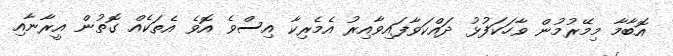
އޮބާމާ މިމޭރުމުން ވާހަކަފުޅު ދައްކަވާފައިވާއިރު އެމެރިކާ އިސްވެ އޮވެ އެތަކެއް ގޮތުން އީރާނާއި